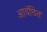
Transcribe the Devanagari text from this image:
आवंछित